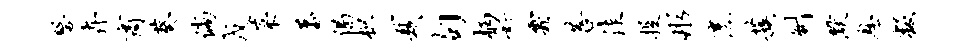
磬卉商葵倘戊菜蕃偈枳夏句柄好霜菩佳投彤烹蔟劂默息叛